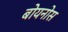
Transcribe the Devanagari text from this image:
बोयनोस